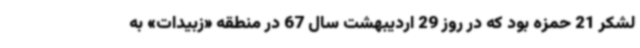
لشکر 21 حمزه بود که در روز 29 اردیبهشت سال 67 در منطقه «زبیدات» به